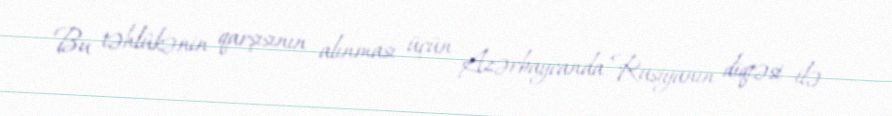
Bu təhlükənin qarşısının alınması üçün Azərbaycanda Rusiyanın diqtəsi ilə